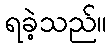
ရခဲ့သည်။